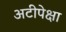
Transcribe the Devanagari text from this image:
अटीपेक्षा